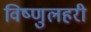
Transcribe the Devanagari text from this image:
विष्णुलहरी